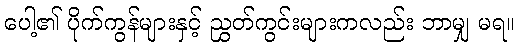
ပေါ့၏ ပိုက်ကွန်များနှင့် ညွှတ်ကွင်းများကလည်း ဘာမျှ မရ။